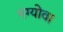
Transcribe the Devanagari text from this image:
नग्योवा